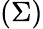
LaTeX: (\Sigma)